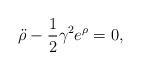
LaTeX: \begin{align*}{\ddot \rho} - {1\over 2} \gamma^2 e^\rho = 0, \end{align*}